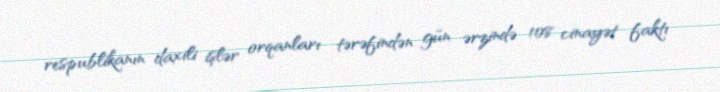
respublikanın daxili işlər orqanları tərəfindən gün ərzində 108 cinayət faktı